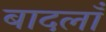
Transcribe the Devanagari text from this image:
बादलाँ